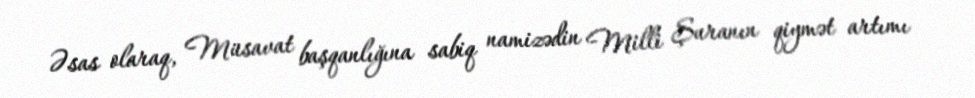
Əsas olaraq, Müsavat başqanlığına sabiq namizədin Milli Şuranın qiymət artımı